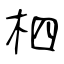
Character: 柶